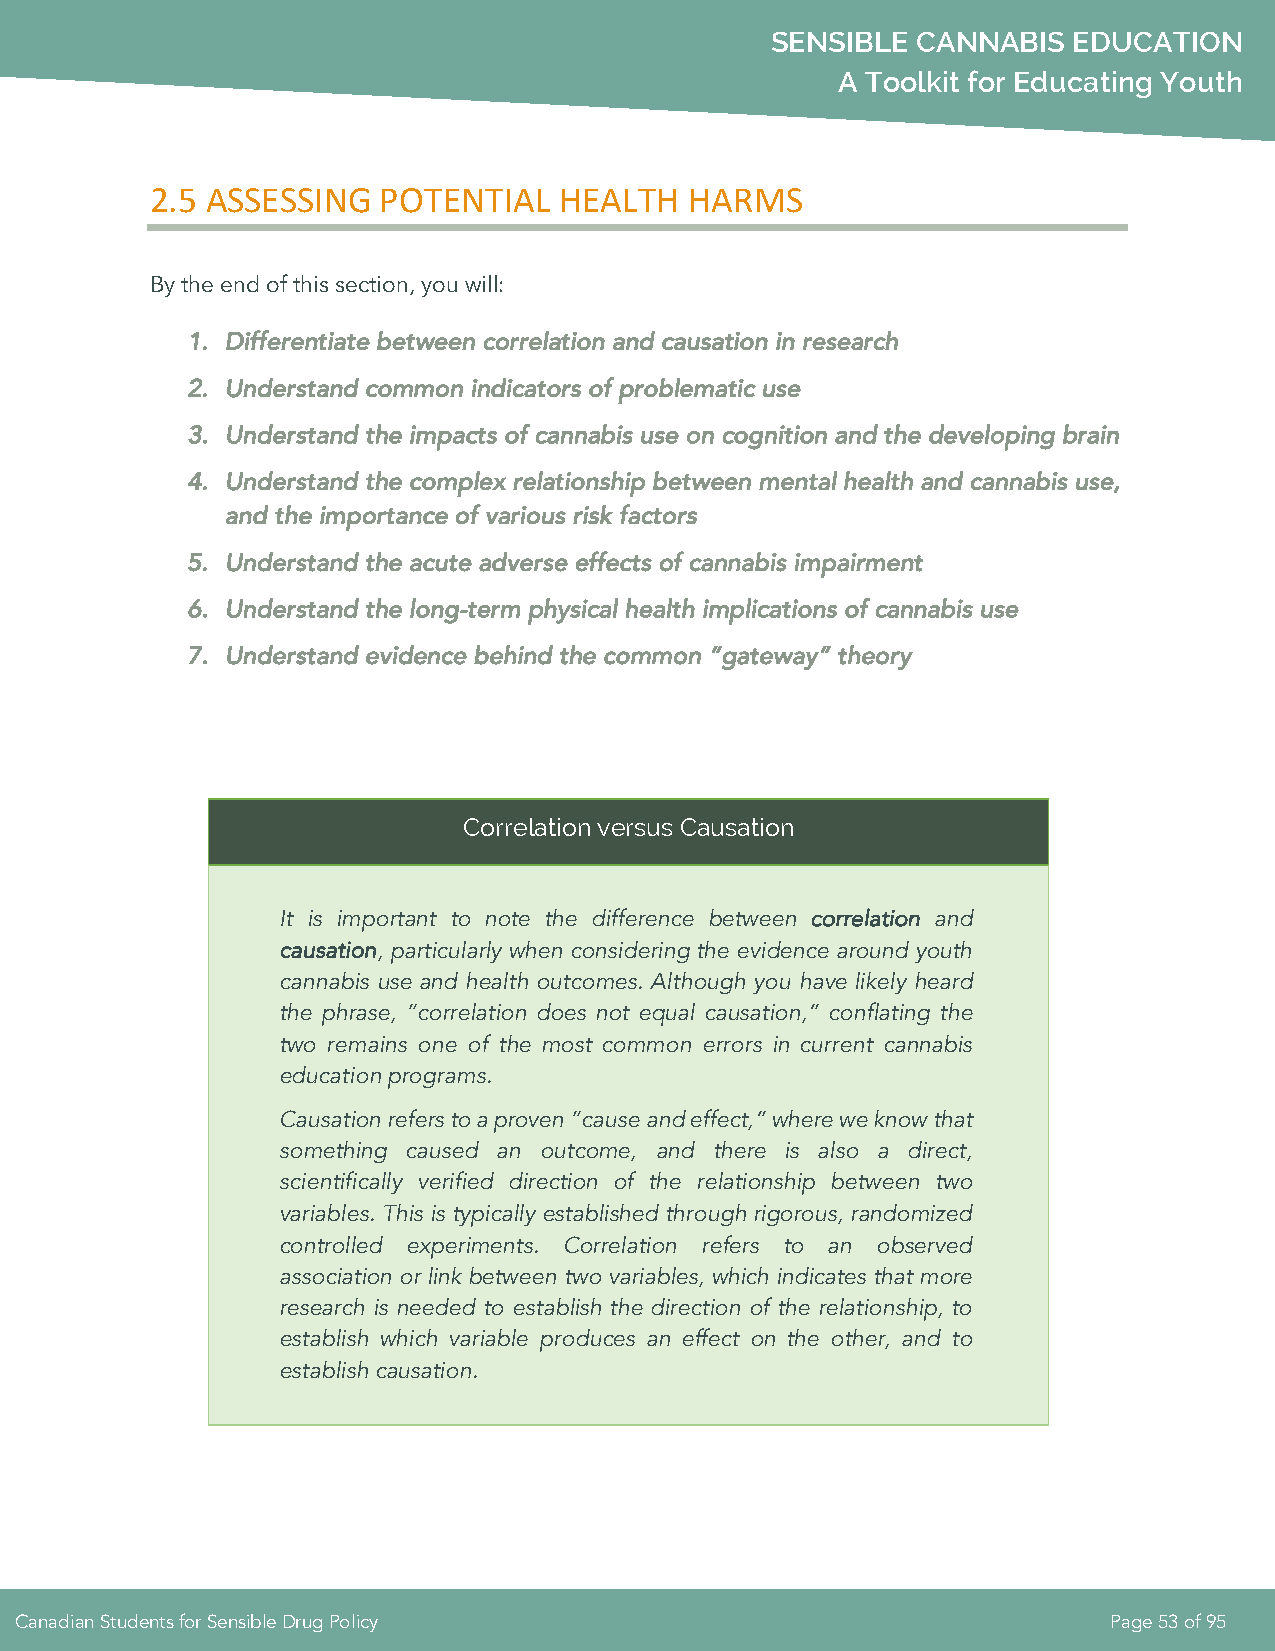
SENSIBLE  CANNABIS  EDUCATION
 A Toolkit for Educating Youth
 2.5 ASSESSING  POTENTIAL   HEALTH   HARMS
 By the end of this section, you will:
 1. Differentiate between correlation and causation in research
 2. Understand common indicators of problematic use
 3. Understand the impacts of cannabis use on cognition and the developing brain
 4. Understand the complex relationship between mental health and cannabis use,
 and the importance of various risk factors
 5. Understand the acute adverse effects of cannabis impairment
 6. Understand the long-term physical health implications of cannabis use
 7. Understand evidence behind the common “gateway” theory
 Correlation versus Causation
 It is important to note the difference between correlation and
 causation, particularly when considering the evidence around youth
 cannabis use and health outcomes. Although you have likely heard
 the phrase, “correlation does not equal causation,” conflating the
 two remains one of the most common errors in current cannabis
 education programs.
 Causation refers to a proven “cause and effect,” where we know that
 something caused an outcome, and there is also a direct,
 scientifically verified direction of the relationship between two
 variables. This is typically established through rigorous, randomized
 controlled experiments. Correlation refers to an observed
 association or link between two variables, which indicates that more
 research is needed to establish the direction of the relationship, to
 establish which variable produces an effect on the other, and to
 establish causation.
 Canadian Students for Sensible Drug Policy                              Page 53 of 95